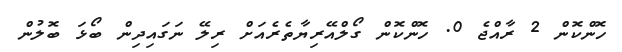
ހޮންކޮން 2 ރާއްޖެ 0. ހޮންކޮން ގޯލްއޭރިޔާތެރެއަށް ރިލޭ ނަގައިދިން ބޯޅަ ބޮލުން